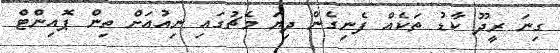
ގިނަ ރީދޫ ކާޑު ތަކެއް ފެނިގެން ދިޔަ މެޗުގައި ނިއުއަށް ތިން ޕޮއިންޓް